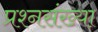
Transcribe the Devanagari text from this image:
प्रश्नसंख्या